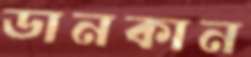
ডানকান